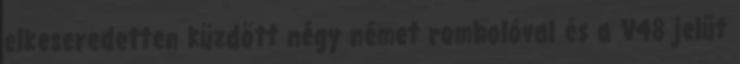
elkeseredetten küzdött négy német rombolóval és a V48 jelűt